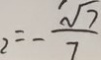
2 = - \frac { \sqrt { 7 } } { 7 }